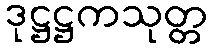
ဒုဋ္ဌဋ္ဌကသုတ္တ